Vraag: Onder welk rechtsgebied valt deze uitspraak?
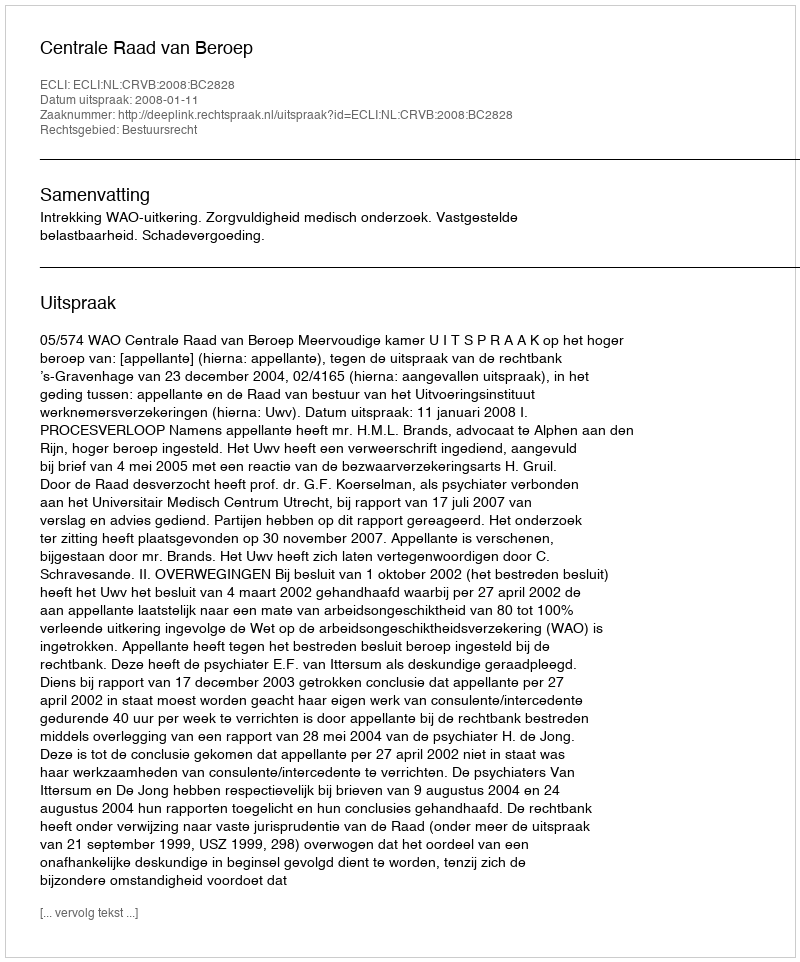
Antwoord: Bestuursrecht